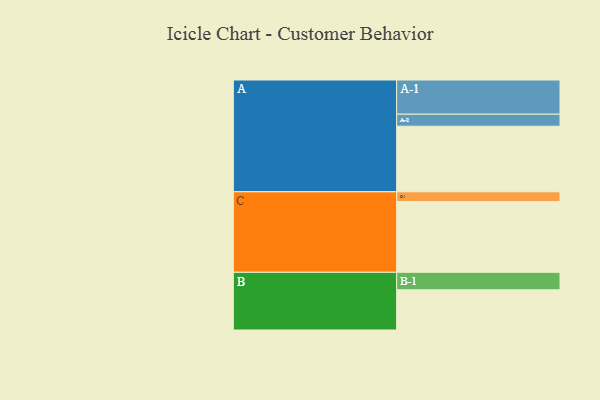
{"axis": {"x": "Segment", "y": "Value"}, "legend": ["", "A", "B", "C"], "data": [{"x": "A", "y": 491, "type": ""}, {"x": "B", "y": 301, "type": ""}, {"x": "C", "y": 530, "type": ""}, {"x": "A-1", "y": 256, "type": "A"}, {"x": "A-2", "y": 90, "type": "A"}, {"x": "B-1", "y": 131, "type": "B"}, {"x": "C-1", "y": 73, "type": "C"}]}